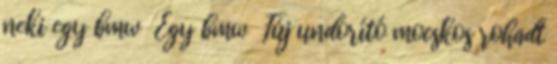
neki egy bmw Egy bmw Fúj undorító mocskos rohadt